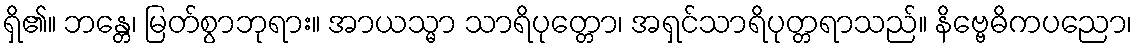
ရှိ၏။ ဘန္တေ၊ မြတ်စွာဘုရား။ အာယသ္မာ သာရိပုတ္တော၊ အရှင်သာရိပုတ္တရာသည်။ နိဗ္ဗေဓိကပညော၊